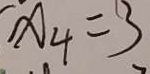
x _ { 4 } = 3